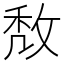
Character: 𢽈